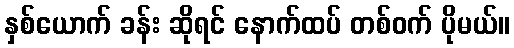
နှစ်ယောက် ခန်း ဆိုရင် နောက်ထပ် တစ်ဝက် ပိုမယ်။